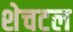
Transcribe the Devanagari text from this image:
शेचटल